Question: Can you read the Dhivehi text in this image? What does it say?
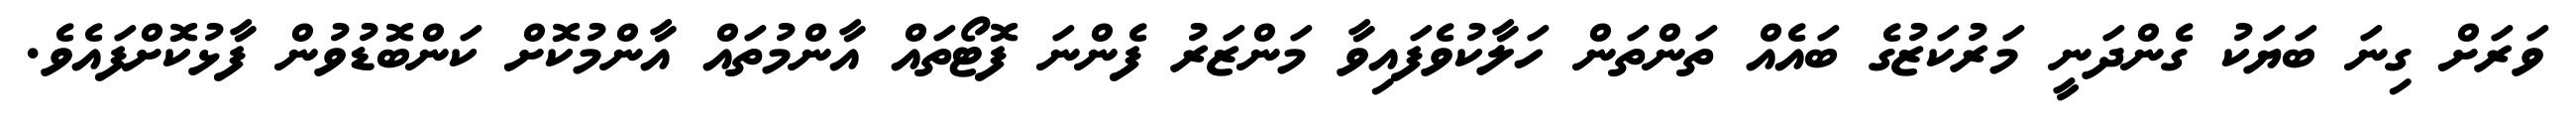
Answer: ވަރަށް ގިނަ ބަޔަކު ގެންދަނީ މަރުކަޒުގެ ބައެއް ތަންތަން ހަލާކުވެފައިވާ މަންޒަރު ފެންނަ ފޮޓޯތައް އާންމުތައް އާންމުކޮށް ކަންބޮޑުވުން ފާޅުކޮށްފައެވެ.